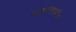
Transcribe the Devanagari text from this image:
माणगंगावरील